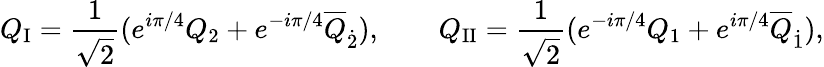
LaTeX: Q_{\mathrm{I}}=\frac{1}{\sqrt{2}}(e^{i\pi/4}Q_{2}+e^{-i\pi/4}\overline{{{Q}}}_{\dot{2}}),\qquad Q_{\mathrm{II}}=\frac{1}{\sqrt{2}}(e^{-i\pi/4}Q_{1}+e^{i\pi/4}\overline{{{Q}}}_{\dot{1}}),